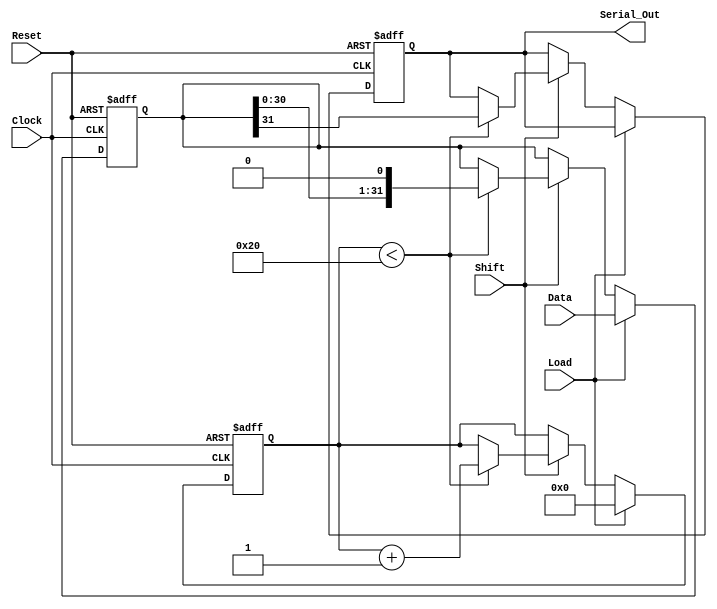
module PISO_Register (
    input wire [31:0] Data,      // 32-bit parallel input data bus
    input wire Load,              // Control signal to load data
    input wire Shift,             // Control signal to shift data out
    input wire Clock,             // Clock signal
    input wire Reset,             // Asynchronous reset signal
    output reg Serial_Out         // Serial output
);

// Internal 32-bit register to hold the input data
reg [31:0] shift_reg;

// Shift counter to keep track of the number of shifts
reg [5:0] shift_count; // 6 bits is enough to count from 0 to 31

always @(posedge Clock or posedge Reset) begin
    if (Reset) begin
        // Clear the shift register on reset
        shift_reg <= 32'b0;
        Serial_Out <= 1'b0;
        shift_count <= 6'b0;
    end else begin
        if (Load) begin
            // Load data into the shift register
            shift_reg <= Data;
            shift_count <= 6'b0; // Reset shift counter when loading
        end else if (Shift) begin
            // Shift operation
            if (shift_count < 32) begin
                Serial_Out <= shift_reg[31]; // Output MSB
                shift_reg <= {shift_reg[30:0], 1'b0}; // Shift right and fill LSB with 0
                shift_count <= shift_count + 1; // Increment shift count
            end
        end
    end
end

endmodule